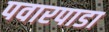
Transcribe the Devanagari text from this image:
पवारपाडा